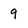
Character: 9